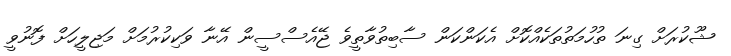
ޝޫކުރަށް ގިނަ ތުހުމަތުތަކެއްކޮށް އެކަންކަން ސާބިތުވާތީވެ ޖޭއެސްސީން އޭނާ ވަކިކުރުމަށް މަޖިލީހަށް ފޮނުވީ